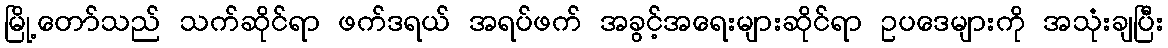
မြို့တော်သည် သက်ဆိုင်ရာ ဖက်ဒရယ် အရပ်ဖက် အခွင့်အရေးများဆိုင်ရာ ဥပဒေများကို အသုံးချပြီး